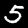
Digit: 5